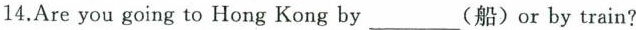
4.Are you going to Hong Kong by ___ (船)or by train?